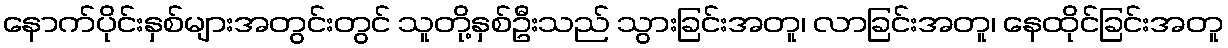
နောက်ပိုင်းနှစ်များအတွင်းတွင် သူတို့နှစ်ဦးသည် သွားခြင်းအတူ၊ လာခြင်းအတူ၊ နေထိုင်ခြင်းအတူ